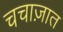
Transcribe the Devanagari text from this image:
चचाज़ात